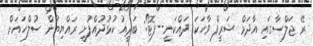
ރޭ ޖަލްސާގައި އާދަމް ޝަރީފް ވާހަކަ ދައްކަނީ--ފޮޓޯ: ބަދީއު ކުޅުދުއްފުށީ ރައްޔިތުން ސުލްހައަށް